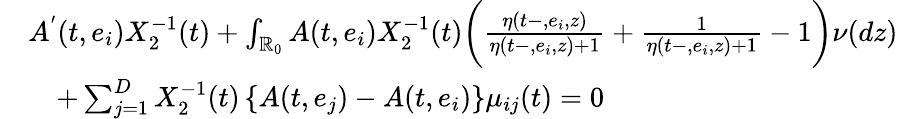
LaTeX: \begin{array}{rl}&{A^{'}(t,e_{i})X_{2}^{-1}(t)+\int_{\mathbb{R}_{0}}A(t,e_{i})X_{2}^{-1}(t)\biggl(\frac{\eta(t-,e_{i},z)}{\eta(t-,e_{i},z)+1}+\frac{1}{\eta(t-,e_{i},z)+1}-1\biggl)\nu(dz)}\\ &{\quad+\sum_{j=1}^{D}X_{2}^{-1}(t)\left\{ A(t,e_{j})-A(t,e_{i})\right\} \mu_{ij}(t)=0}\end{array}